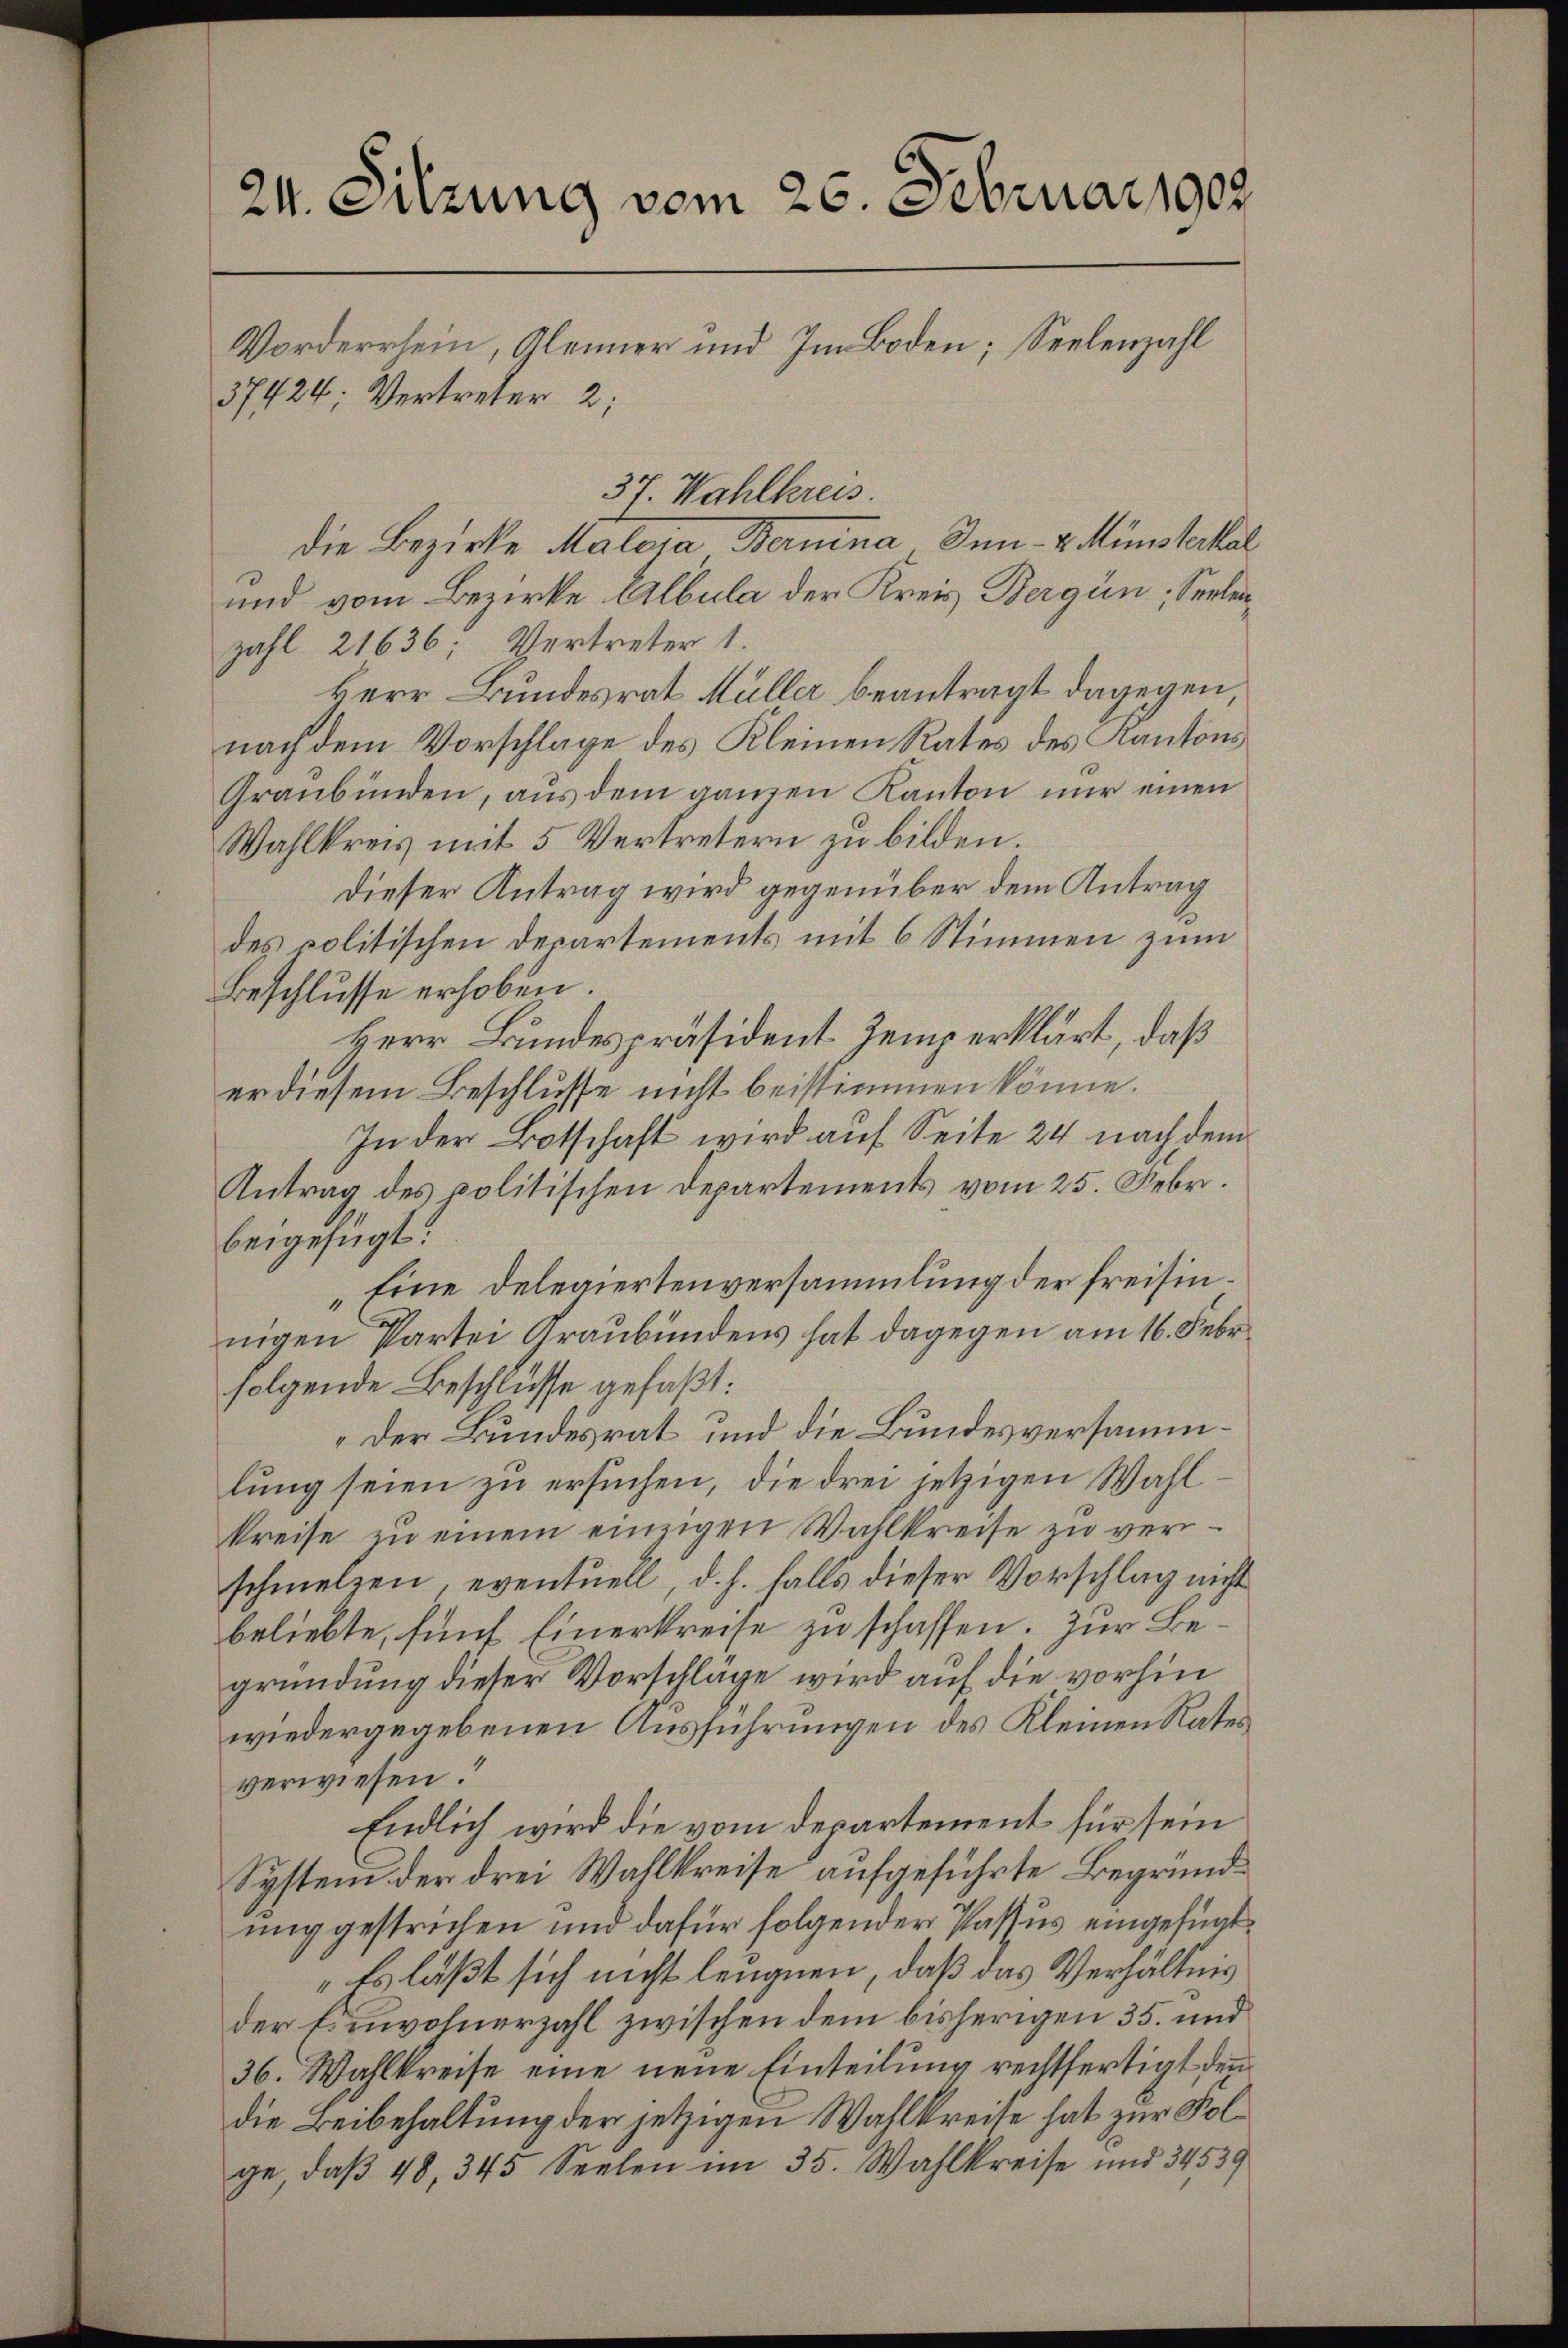
24. Sitzung vom 26. Februar 1909
Vorderrhein, Gleiner und Im Boden; Seelenzahl
37424; Vertreter 2;

die Bezirke Maloja Bermina Inn- u. Münsteral
und vom Bezirke Albula der Kreis Bergün, Seelenzahl 21636. Vertreter 1.
Herr Bundesrat Müller beantragt dagegen,
nach dem Vorschlage des Kleinen Rates des Kantons
Graubünden, aus dem ganzen Kanton nur einen
Wahlkreis mit 5 Vertretern zu bilden.
dieser Antrag wird gegenüber dem Antrag
des politischen Departements mit 6 Stimmen zum
Beschlusse erhoben.
Herr Bundespräsident Zemp erklärt, daß
er diesem Beschlusse nicht beistimmen könne.
In der Botschaft wird auf Seite 24 nach dem
Antrag des politischen Departements vom 25. Febr.
beigefügt:
„Eine Delegiertenversammlung der freisinnigen Partei Graubündens hat dagegen am 16. Febr.
folgende Beschlüsse gefaßt:
Der Bundesrat und die Bundesversammlung seien zu ersuchen, die drei jetzigen Wahlkreise zŭ einem einzigen Wallkreise zu verschmelzen, eventuell, d. h. falls dieser Vorschlag nicht
beliebte, fünf Einerkreise zu schaffen. Zur Begründung dieser Vorschläge wird auf die vorhin
wiedergegebenen Ausführungen des Kleinen Rates
verwiesen.
Endlich wird die vom Departement für sein
System der drei Wahlkreise aufgeführte Begründunggestrichen und dafür folgender Passus eingefügt.
"Es läßt sich nicht leugnen, daß das Verhältnis
der E. involuerzahl zwischen dem bisherigen 35. und
36. Wahlkreise eine neue Einteilung rechtfertigt den
die Beibehaltung der jetzigen Wahlkreite hat zur Folge, daß 48, 345 Seelen im 35. Wahlkreise und 34539

37. Wahlkreis.